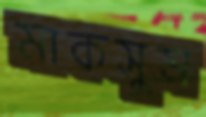
মাকসুম